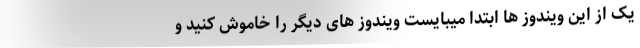
یک از این ویندوز ها ابتدا میبایست ویندوز های دیگر را خاموش کنید و